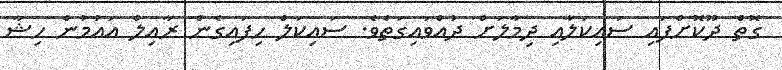
ގޮތް ދޫކޮށްފައި ސައިކަލާއި ދިމާލަށް ދުއްވައިގަތެވެ. ސައިކަލް ހިފައިގެން ރާއިލް އައުމުން ހިޝާ